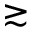
\gtrsim